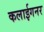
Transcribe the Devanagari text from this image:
कलाईगनर